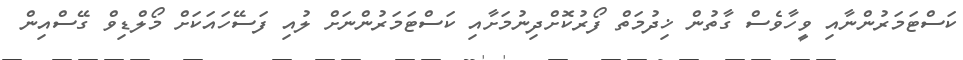
ކަސްޓަމަރުންނާއި ވީހާވެސް ގާތުން ޚިދުމަތް ފޯރުކޮށްދިނުމަށާއި ކަސްޓަމަރުންނަށް ލުއި ފަސޭހައަކަށް މޯލްޑިވް ގޭސްއިން